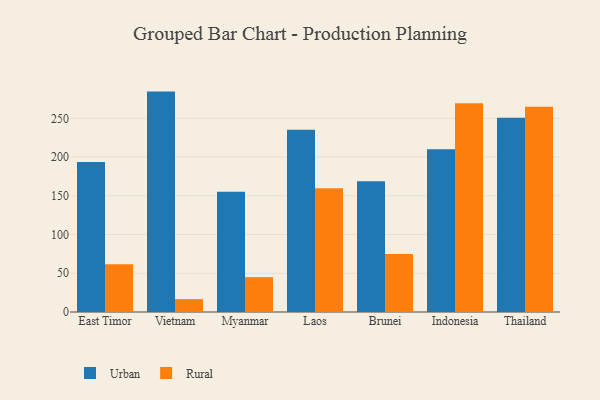
{"axis": {"x": "Country", "y": "Demand Index"}, "legend": ["Rural", "Urban"], "data": [{"x": "East Timor", "y": 193.6, "type": "Urban"}, {"x": "East Timor", "y": 61.7, "type": "Rural"}, {"x": "Vietnam", "y": 284.5, "type": "Urban"}, {"x": "Vietnam", "y": 16.6, "type": "Rural"}, {"x": "Myanmar", "y": 155.2, "type": "Urban"}, {"x": "Myanmar", "y": 45.0, "type": "Rural"}, {"x": "Laos", "y": 235.3, "type": "Urban"}, {"x": "Laos", "y": 159.8, "type": "Rural"}, {"x": "Brunei", "y": 168.7, "type": "Urban"}, {"x": "Brunei", "y": 75.0, "type": "Rural"}, {"x": "Indonesia", "y": 210.1, "type": "Urban"}, {"x": "Indonesia", "y": 269.4, "type": "Rural"}, {"x": "Thailand", "y": 250.7, "type": "Urban"}, {"x": "Thailand", "y": 264.9, "type": "Rural"}]}